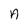
Character: A